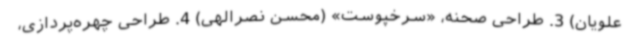
علویان) 3. طراحی صحنه، «سرخپوست» (محسن نصرالهی) 4. طراحی چهره‌پردازی،